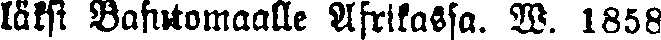
läksi Bafutomaalle Afrikassa. W. 1858